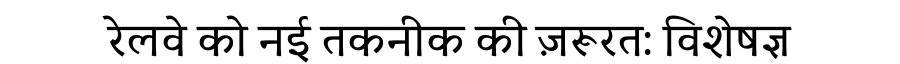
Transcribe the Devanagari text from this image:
रेलवे को नई तकनीक की ज़रूरत: विशेषज्ञ